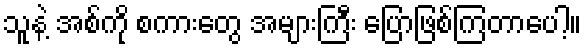
သူနဲ့ အစ်ကို စကားတွေ အများကြီး ပြောဖြစ်ကြတာပေါ့။